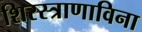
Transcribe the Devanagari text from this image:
शिरस्त्राणाविना